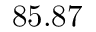
8 5 . 8 7